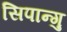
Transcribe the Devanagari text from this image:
सिपान्गु